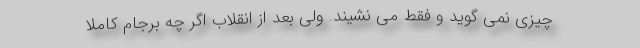
چیزی نمی گوید و فقط می نشیند. ولی بعد از انقلاب اگر چه برجام کاملا